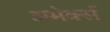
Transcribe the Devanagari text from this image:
अमेर्क्स